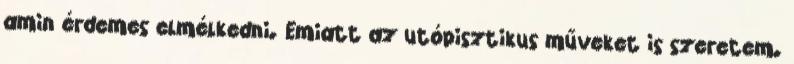
amin érdemes elmélkedni. Emiatt az utópisztikus műveket is szeretem.